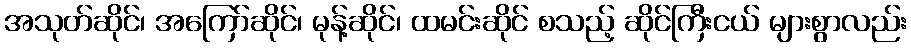
အသုတ်ဆိုင်၊ အကြော်ဆိုင်၊ မုန့်ဆိုင်၊ ထမင်းဆိုင် စသည့် ဆိုင်ကြီးငယ် များစွာလည်း